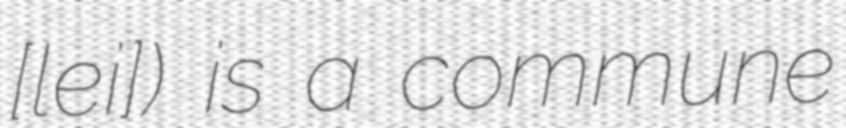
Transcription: ​[leʁi]) is a commune